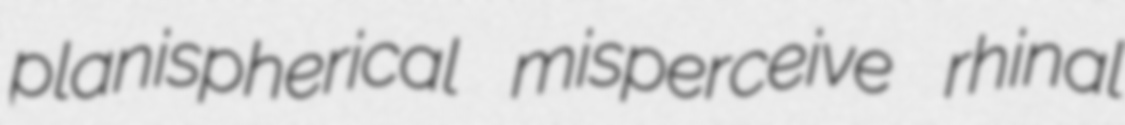
planispherical misperceive rhinal